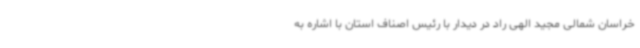
خراسان شمالی مجید الهی راد در دیدار با رئیس اصناف استان با اشاره به